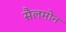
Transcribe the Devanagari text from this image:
सैलमोन